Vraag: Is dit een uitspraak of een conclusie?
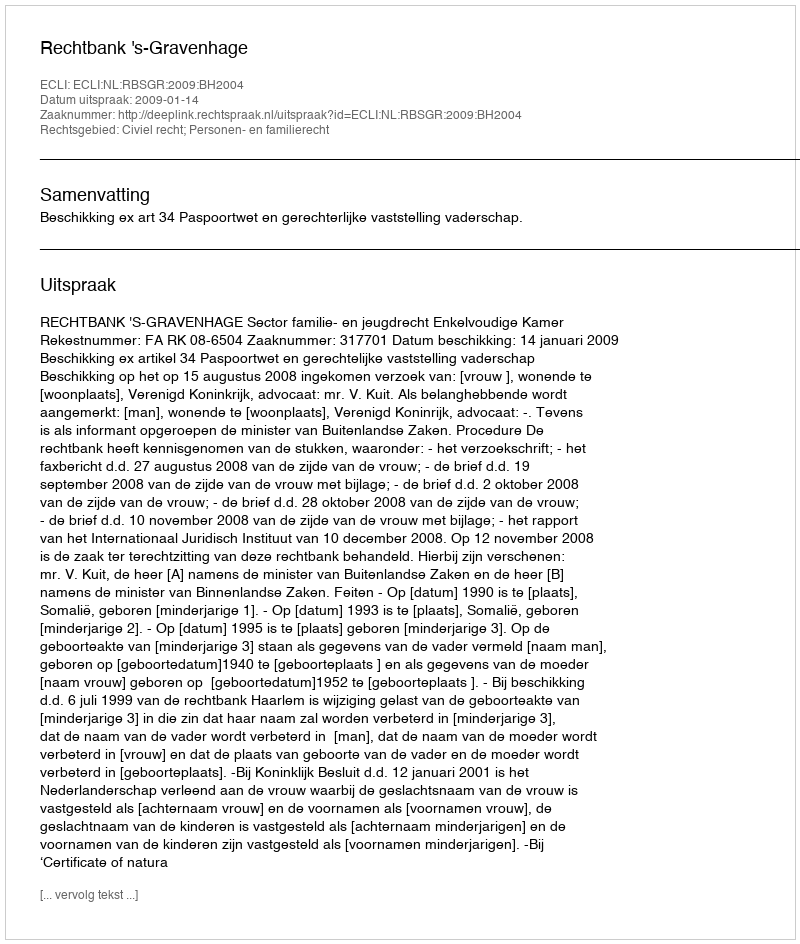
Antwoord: Uitspraak